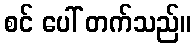
စင် ပေါ် တက်သည်။